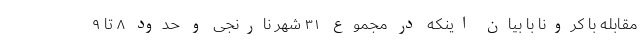
مقابله با کرونا با بیان اینکه در مجموع ۳۱ شهر نارنجی و حدود ۸ تا ۹